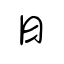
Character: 日